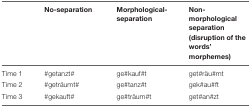
|  | No-separation | Morphological- separation | Non-morphological separation (disruption of the words’ morphemes) |
 | --- | --- | --- | --- |
 | Time 1 | #getanzt# | ge#kauf#t | get#räu#mt |
 | Time 2 | #geträumt# | ge#tanz#t | gek#au#ft |
 | Time 3 | #gekauft# | ge#träum#t | get#an#zt |